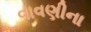
વાવણીના